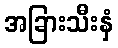
အခြားသီးနှံ